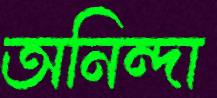
অনিন্দা